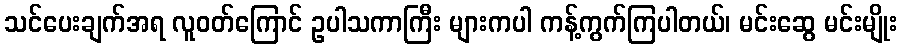
သင်ပေးချက်အရ လူဝတ်ကြောင် ဥပါသကာကြီး များကပါ ကန့်ကွက်ကြပါတယ်၊ မင်းဆွေ မင်းမျိုး